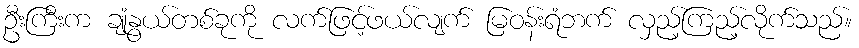
ဦးကြီးက ချုံနွယ်တစ်ခုကို လက်ဖြင့်ဖယ်လျက် မြဝန်းရံဘက် လှည့်ကြည့်လိုက်သည်။